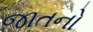
જાતનો